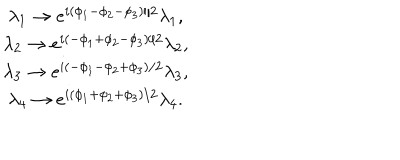
\begin{array} { c } { { \lambda _ { 1 } \rightarrow e ^ { i ( \phi _ { 1 } - \phi _ { 2 } - \phi _ { 3 } ) / 2 } \lambda _ { 1 } , } } \\ { { \lambda _ { 2 } \rightarrow e ^ { i ( - \phi _ { 1 } + \phi _ { 2 } - \phi _ { 3 } ) / 2 } \lambda _ { 2 } , } } \\ { { \lambda _ { 3 } \rightarrow e ^ { i ( - \phi _ { 1 } - \phi _ { 2 } + \phi _ { 3 } ) / 2 } \lambda _ { 3 } , } } \\ { { \lambda _ { 4 } \rightarrow e ^ { i ( \phi _ { 1 } + \phi _ { 2 } + \phi _ { 3 } ) / 2 } \lambda _ { 4 } . } } \\ \end{array}